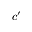
c ^ { \prime }